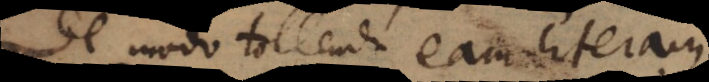
De modo tollendi eam lite